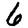
Digit: 6